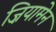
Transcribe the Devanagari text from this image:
ज़ियामेन